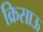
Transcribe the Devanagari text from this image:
क्रिसाऊ